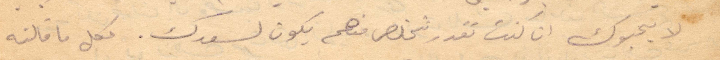
لا يحبوك ان كنت تقدر تتخلص منهم يكون لسعدك. وكل ما قالته